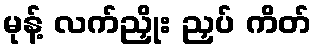
မုန့် လက်ညှိုး ညှပ် ကိတ်